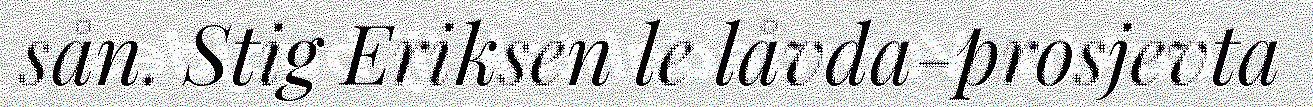
sån. Stig Eriksen le låvda-prosjevta